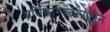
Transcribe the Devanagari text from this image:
अधिकारपदापासून